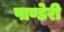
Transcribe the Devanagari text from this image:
पाण्डेरी